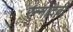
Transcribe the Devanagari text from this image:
रन्‍नादेवी